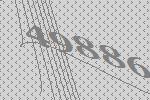
49886